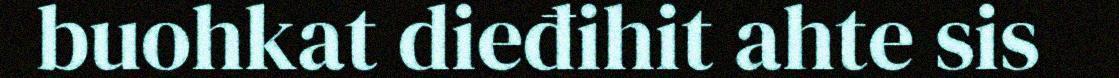
buohkat dieđihit ahte sis